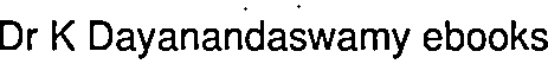
Dr K Dayanandaswamy ebooks